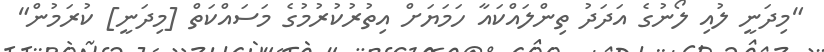
"މިދަނީ ލުއި ލޯނުގެ އަދަަދު ތިންލައްކައާ ހަމަޔަށް އިތުރުކުރުމުގެ މަސައްކަތް [މިދަނީ] ކުރަމުން"